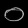
Digit: ၀